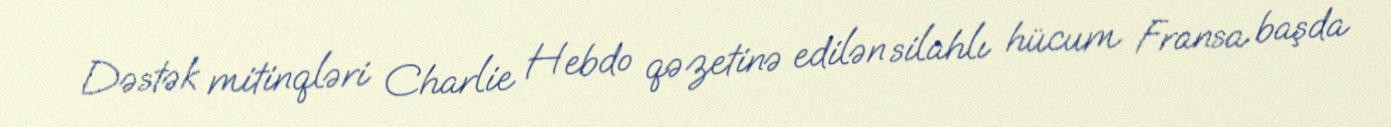
Dəstək mitinqləri Charlie Hebdo qəzetinə edilən silahlı hücum Fransa başda